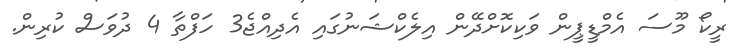
ރީކޯ މޫސަ އެމްޑީޕީން ވަކިކޮށްދޭން އިލެކްޝަނުގައި އެދިއްޖެ3 ހަފްތާ 4 ދުވަސް ކުރިން.